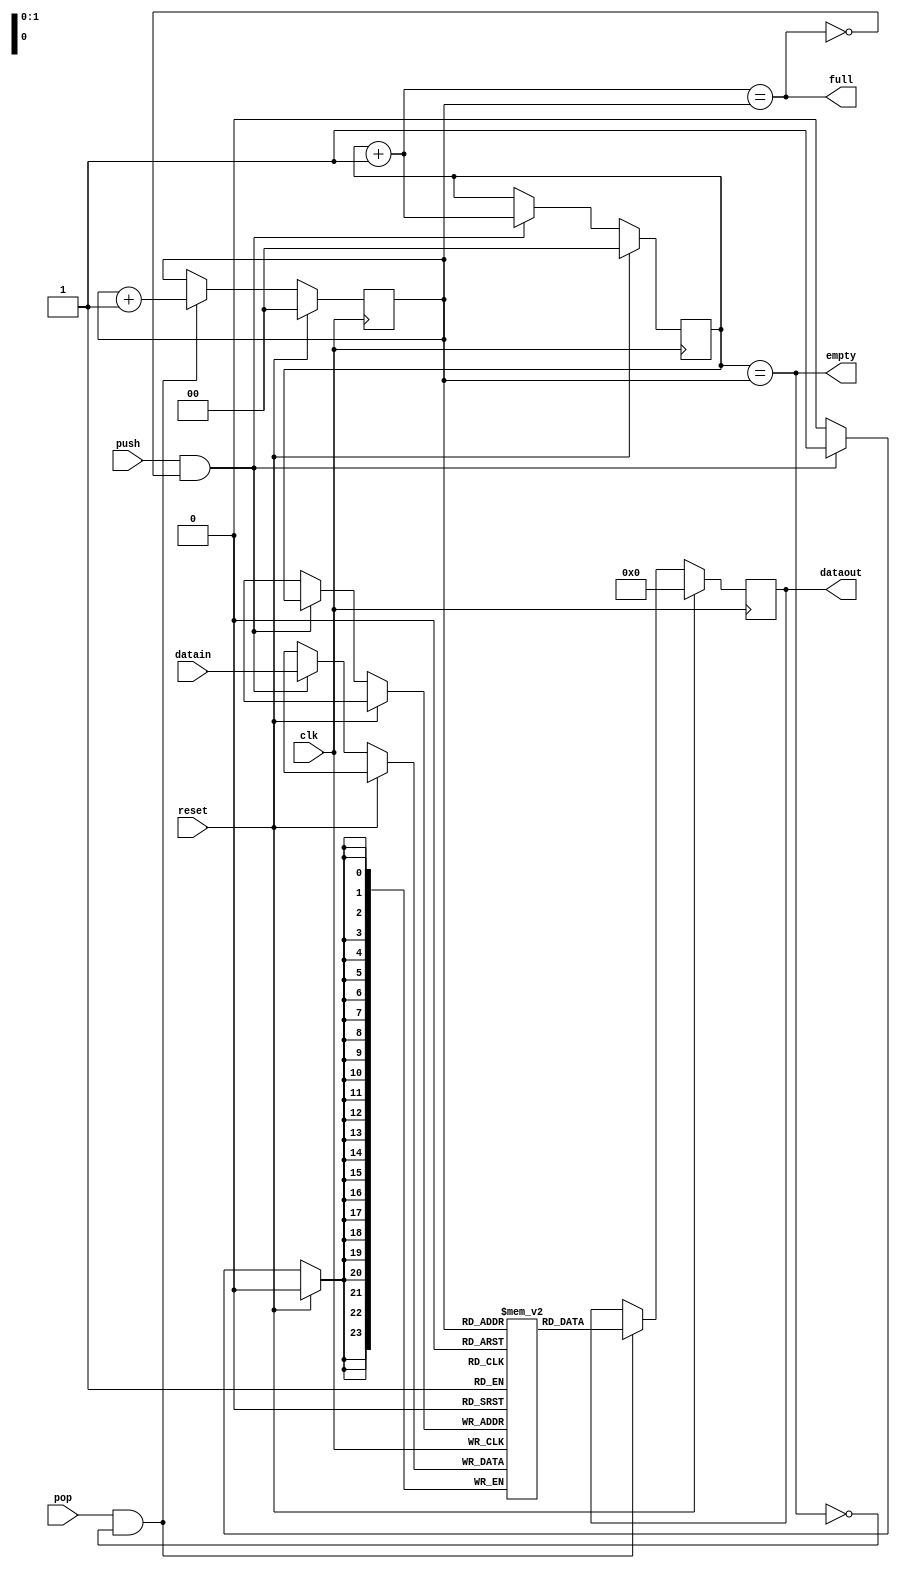
module Fifo #(parameter WIDTH = 24,
              DEPTH = 4)
             (input wire clk,
              input wire reset,
              input wire push,
              input wire pop,
              input wire [WIDTH-1:0] datain,
              output reg [WIDTH-1:0] dataout,
              output reg full,
              output reg empty);
    
    // Note if the depth is non-power-of-2, this code needs modification
    // because then read/write pointers won't loop around properly
    
    reg [$clog2(DEPTH)-1:0] w_ptr, r_ptr;
    reg [WIDTH-1:0] fifo_arr[DEPTH];
    
    // Set Default values on reset.
    always@(posedge clk) begin
        if (reset) begin
            w_ptr   <= 0;
            r_ptr   <= 0;
            dataout <= 0;
        end
        else begin
            // To write data to FIFO
            if (push & !full)begin
                fifo_arr[w_ptr] <= datain;
                w_ptr           <= w_ptr + 1;
            end
            
            // To read data from FIFO
            if (pop & !empty) begin
                dataout <= fifo_arr[r_ptr];
                r_ptr   <= r_ptr + 1;
            end
        end
    end
    
    assign full  = ((w_ptr+1'b1) == r_ptr);
    assign empty = (w_ptr == r_ptr);
    
endmodule